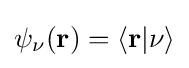
\psi _{\nu }(\mathbf {r} )=\langle \mathbf {r} |\nu \rangle